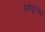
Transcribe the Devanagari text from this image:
इंमाकुलादा